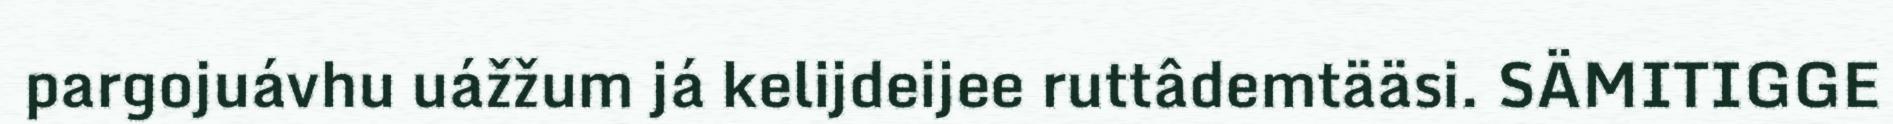
pargojuávhu uážžum já kelijdeijee ruttâdemtääsi. SÄMITIGGE